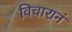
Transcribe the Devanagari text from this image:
विचारानं